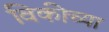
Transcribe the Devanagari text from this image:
विकीच्या